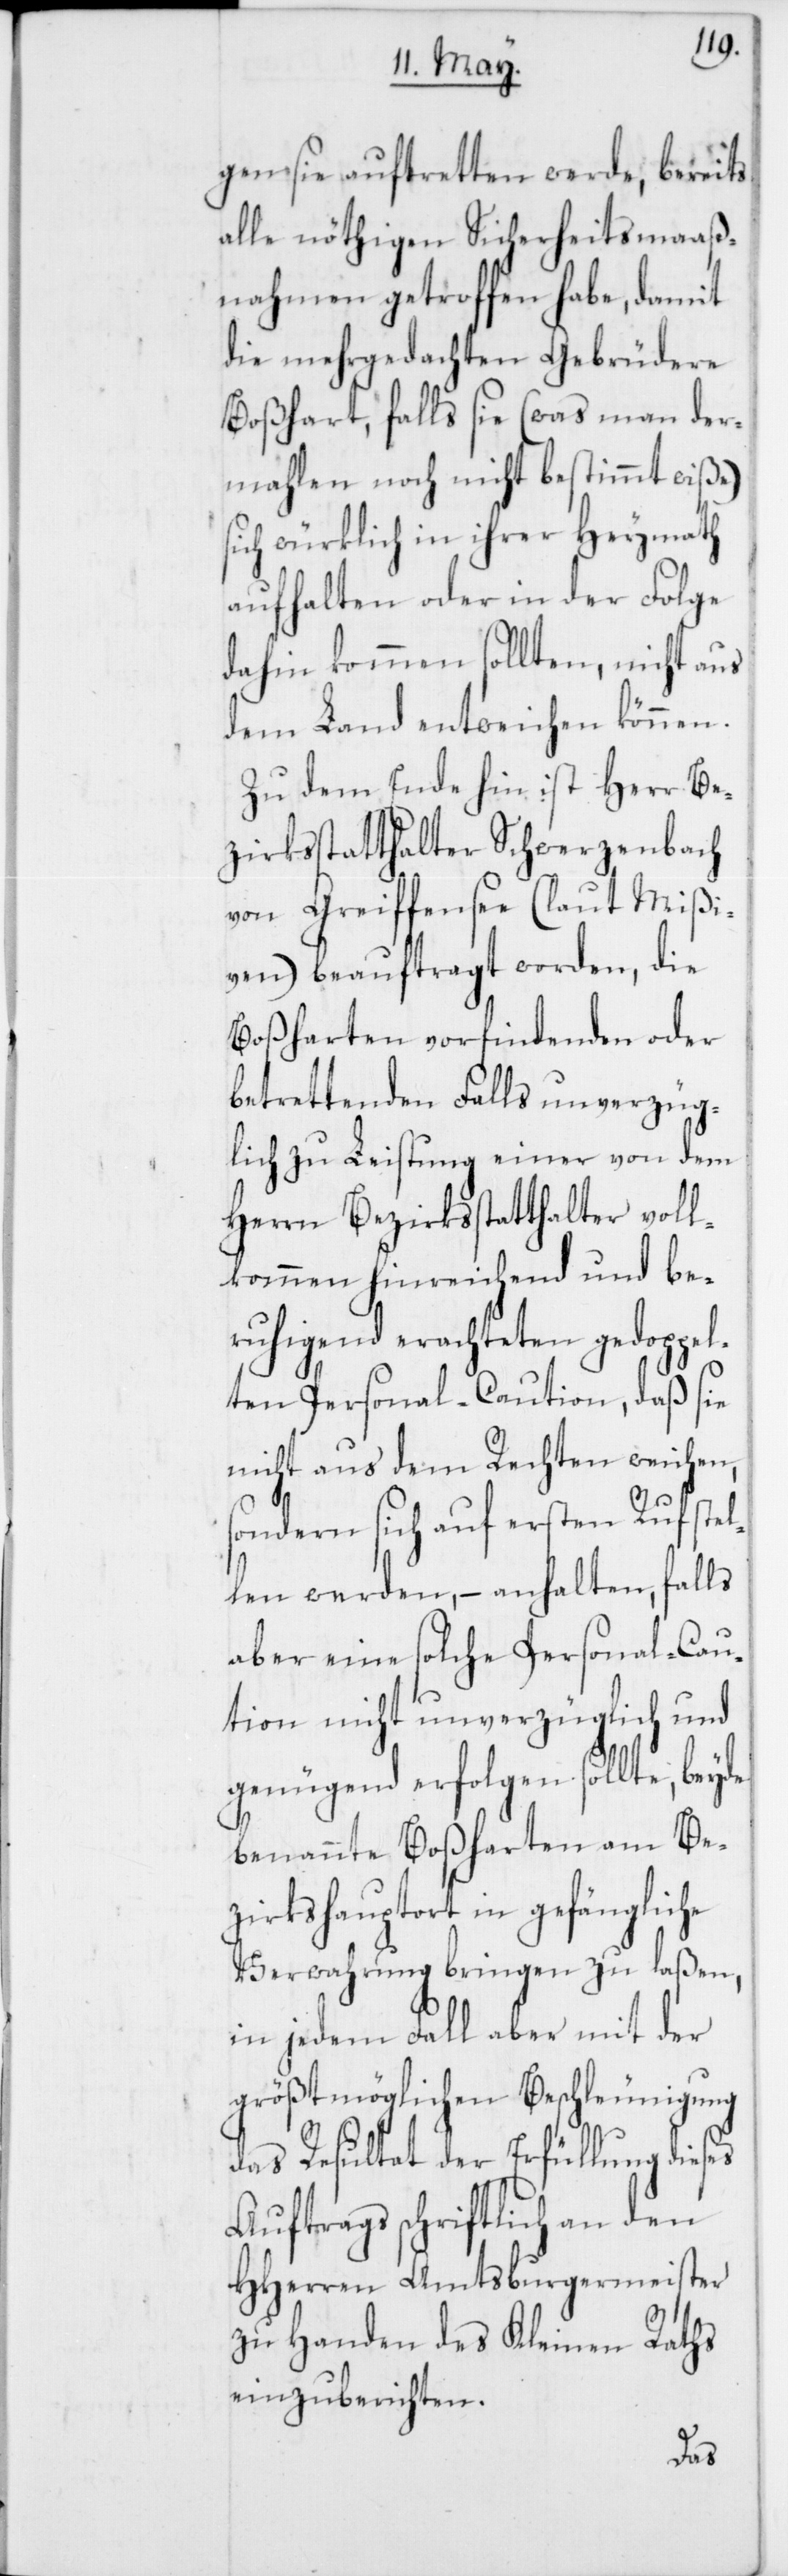
gen sie auftretten werde, bereits
alle nöthigen Sicherheitsmaaß¬
nahmen getroffen habe, damit
die mehrgedachten Gebrüdere
Boßhart, falls sie (was man der¬
mahlen noch nicht bestimmt wiße)
sich würklich in ihrer Heymath
aufhalten oder in der Folge
dahin kommen sollten, nicht aus
dem Land entweichen können.
Zu dem Ende hin ist Herr Be¬
zirksstatthalter Schwerzenbach
von Greiffensee (laut Mißi¬
ven) beauftragt worden, die
Boßharten vorfindenden oder
betrettenden Falls unverzüg¬
lich zu Leistung einer von dem
Herrn Bezirksstatthalter voll¬
kommen hinreichend und be¬
ruhigend erachteten gedoppe¬
lten Personal-Caution, daß sie
nicht aus dem Rechten weichen,
sondern sich auf ersten Ruf stel¬
len werden, – anhalten, falls
aber eine solche Personal-Cau¬
tion nicht unverzüglich und
genügend erfolgen sollte, beyde
benannte Boßharten am Be¬
zirkshauptort in gefängliche
Verwahrung bringen zu laßen,
in jedem Fall aber mit der
größtmöglichen Beschleunigung
das Resultat der Erfüllung die¬
Auftrags schriftlich an den
HHerren Amtsburgermeister
zu Handen des Kleinen Raths
einzuberichten.
ses